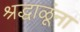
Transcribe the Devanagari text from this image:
श्रद्धाळूंना